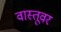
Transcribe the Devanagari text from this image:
वास्तूवर